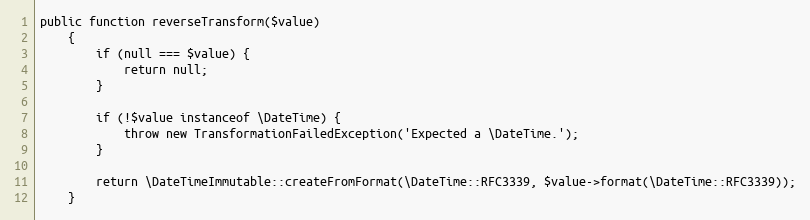
Language: PHP
public function reverseTransform($value)
    {
        if (null === $value) {
            return null;
        }

        if (!$value instanceof \DateTime) {
            throw new TransformationFailedException('Expected a \DateTime.');
        }

        return \DateTimeImmutable::createFromFormat(\DateTime::RFC3339, $value->format(\DateTime::RFC3339));
    }